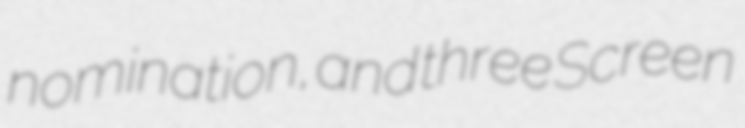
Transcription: nomination, and three Screen